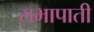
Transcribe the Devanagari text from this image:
सभापाती